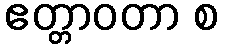
ဧတ္တာဝတာ စ